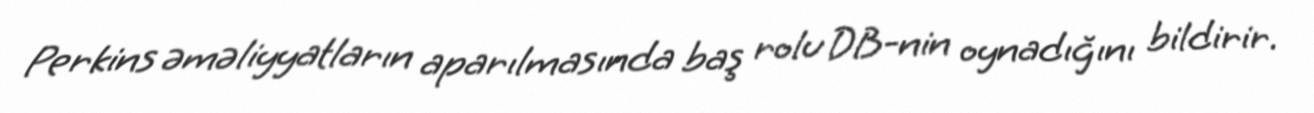
Perkins əməliyyatların aparılmasında baş rolu DB-nin oynadığını bildirir.